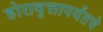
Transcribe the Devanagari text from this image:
होरावृत्तापर्यंतचे